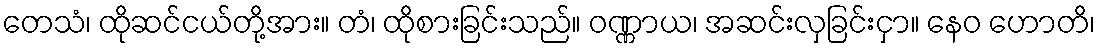
တေသံ၊ ထိုဆင်ငယ်တို့အား။ တံ၊ ထိုစားခြင်းသည်။ ဝဏ္ဏာယ၊ အဆင်းလှခြင်းငှာ။ နေဝ ဟောတိ၊